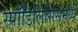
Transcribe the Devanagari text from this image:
स्पाँडिलिसिसमध्ये